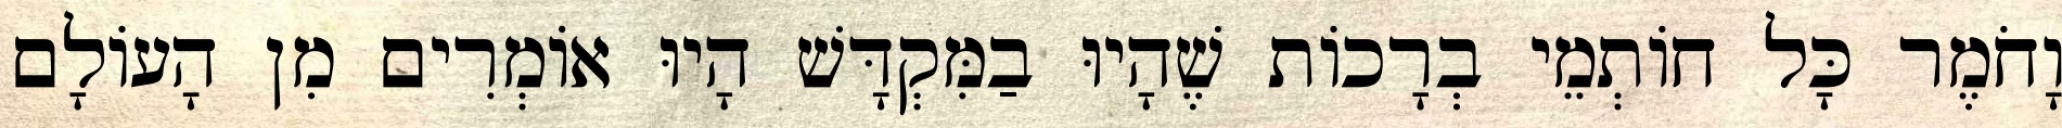
וָחֹמֶר כָּל חוֹתְמֵי בְרָכוֹת שֶׁהָיוּ בַמִּקְדָּשׁ הָיוּ אוֹמְרִים מִן הָעוֹלָם